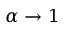
\alpha \rightarrow 1